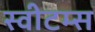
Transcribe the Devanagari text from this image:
स्वीटम्स